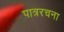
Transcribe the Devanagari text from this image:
पात्ररचना